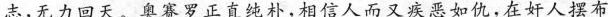
志，无力回天。奥赛罗正直纯朴，相信人而又疾恶如仇，在奸人摆布